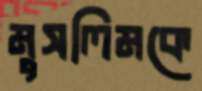
মুসলিমকে